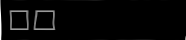
٢٣